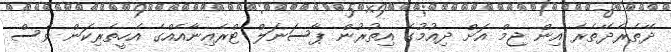
ދޭތެރެދޭތެރެ އިން ޖިމް އަށް ދިއުމުގެ އިތުރުން ޕާސަނަލް ޓްރެއިނާއެއްގެ އެހީތެރިކަން ވެސް